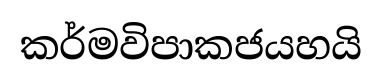
කර්මවිපාකජයහයි